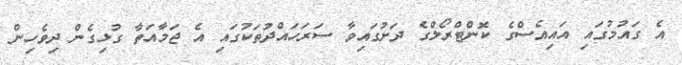
އެ ގައުމުގައި އައިއެސްގެ ކޮންޓްރޯލްގެ ދަށުގައިވާ ސަރަހައްދުތަކުގައި އެ ޖަމާއަތާ ގުޅިގެން ދިވެހިން